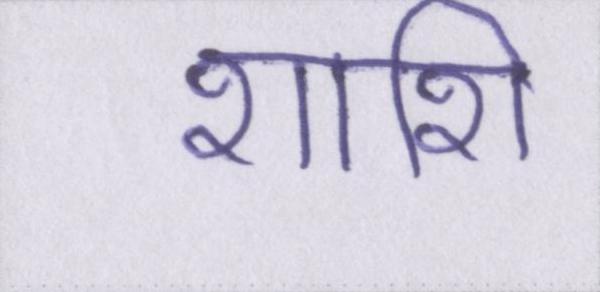
शशि